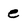
Character: e